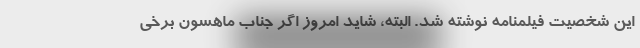
این شخصیت فیلمنامه نوشته شد. البته، شاید امروز اگر جناب ماهسون برخی